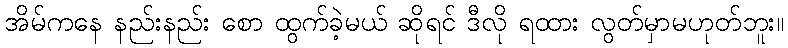
အိမ်ကနေ နည်းနည်း စော ထွက်ခဲ့မယ် ဆိုရင် ဒီလို ရထား လွတ်မှာမဟုတ်ဘူး။